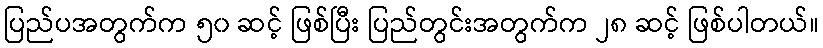
ပြည်ပအတွက်က ၅၀ ဆင့် ဖြစ်ပြီး ပြည်တွင်းအတွက်က ၂၈ ဆင့် ဖြစ်ပါတယ်။